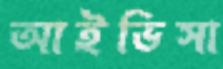
আইভিসা